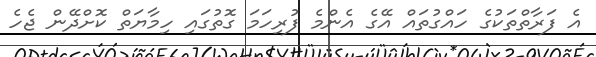
އެ ފަރާތްތަކުގެ ހައްގުތައް އޭގެ އެންމެ ފުރިހަމަ ގޮތުގައި ހިމާޔަތް ކޮށްދޭން ޖެހެ